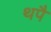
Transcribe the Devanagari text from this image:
थपै